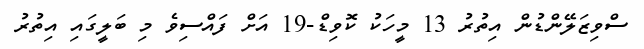
ސްވިޒަލޭންޑުން އިތުރު 13 މީހަކު ކޮވިޑް-19 އަށް ފައްސިވެ މި ބަލީގައި އިތުރު